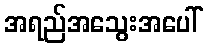
အရည်အသွေးအပေါ်